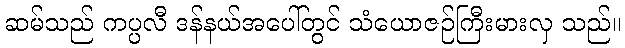
ဆမ်သည် ကပ္ပလီ ဒန်နယ်အပေါ်တွင် သံယောဇဉ်ကြီးမားလှ သည်။